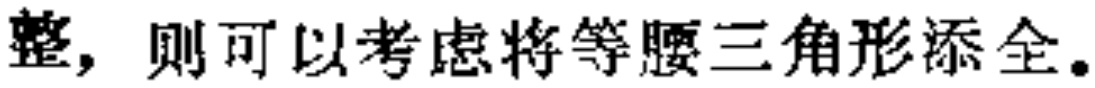
整，则可以考虑将等腰三角形添全。